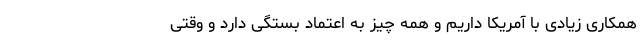
همکاری زیادی با آمریکا داریم و همه چیز به اعتماد بستگی دارد و وقتی